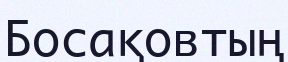
Босақовтың